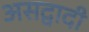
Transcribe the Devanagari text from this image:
असद्वादी